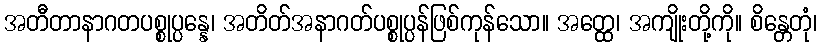
အတီတာနာဂတပစ္စုပ္ပန္နေ၊ အတိတ်အနာဂတ်ပစ္စုပ္ပန်ဖြစ်ကုန်သော။ အတ္ထေ၊ အကျိုးတို့ကို။ စိန္တေတုံ၊